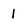
Character: 1